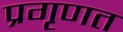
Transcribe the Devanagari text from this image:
प्रगृणत